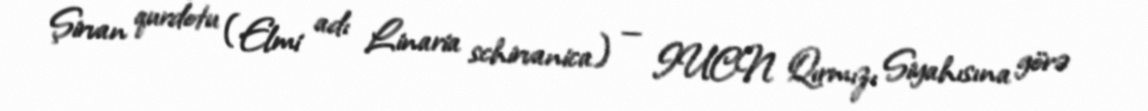
Şirvan qurdotu (Elmi adı Linaria schirvanica) — IUCN Qırmızı Siyahısına görə